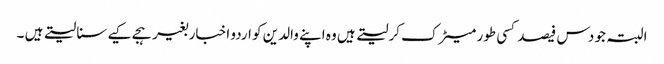
البتہ جو دس فیصد کسی طور میٹرک کرلیتے ہیں وہ اپنے والدین کو اردو اخبار بغیر ہجے کیے سنا لیتے ہیں ۔